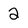
Character: 2